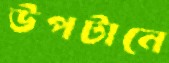
উপটানে